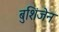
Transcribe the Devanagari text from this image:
बुशिंजेन